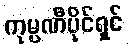
ကုမ္ပဏီပိုင်ရှင်